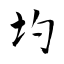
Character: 圴